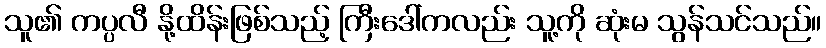
သူ၏ ကပ္ပလီ နို့ထိန်းဖြစ်သည့် ကြီးဒေါ်ကလည်း သူ့ကို ဆုံးမ သွန်သင်သည်။